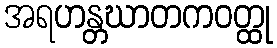
အရဟန္တဃာတကဝတ္ထု